Annual statistical returns and brief notes on vaccination in Bengal - 1887-1898
Year: 1887
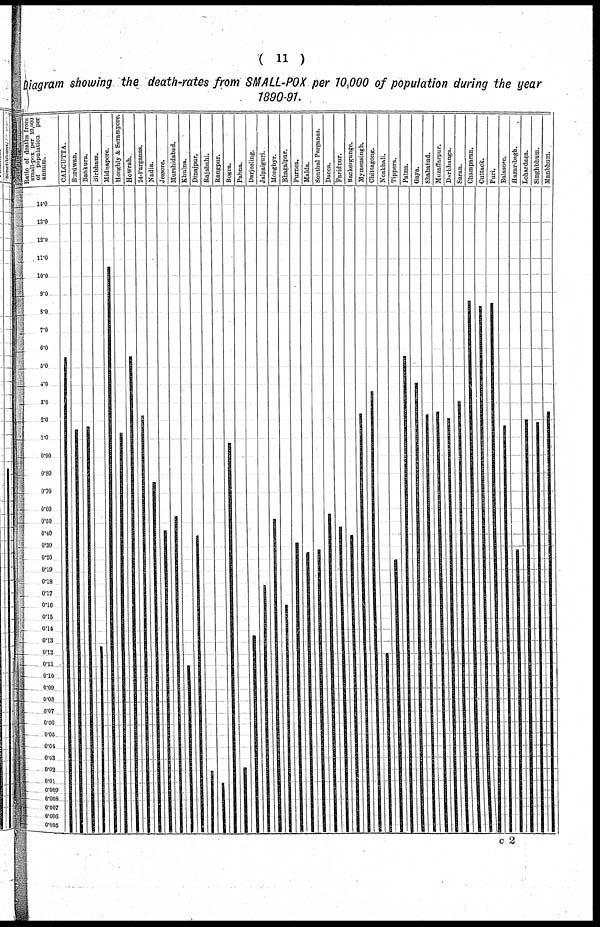
( 11 )
diagram showing the death-rates from SMALL-POX per 70,000 of population during the year
1890-91.
c 2